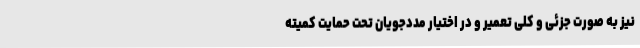
نیز به صورت جزئی و کلی تعمیر و در اختیار مددجویان تحت حمایت کمیته